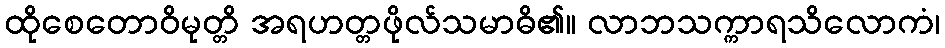
ထိုစေတောဝိမုတ္တိ အရဟတ္တဖိုလ်သမာဓိ၏။ လာဘသက္ကာရသိလောကံ၊